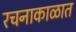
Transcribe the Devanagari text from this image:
रचनाकाळात